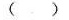
()